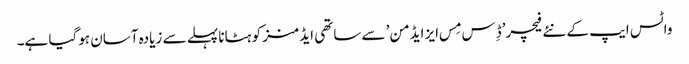
واٹس ایپ کے نئے فیچر’ڈِس مِس ایز ایڈمن’ سے ساتھی ایڈمنز کو ہٹانا پہلے سے زیادہ آسان ہوگیا ہے۔